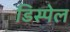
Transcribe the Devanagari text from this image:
डिस्पेल